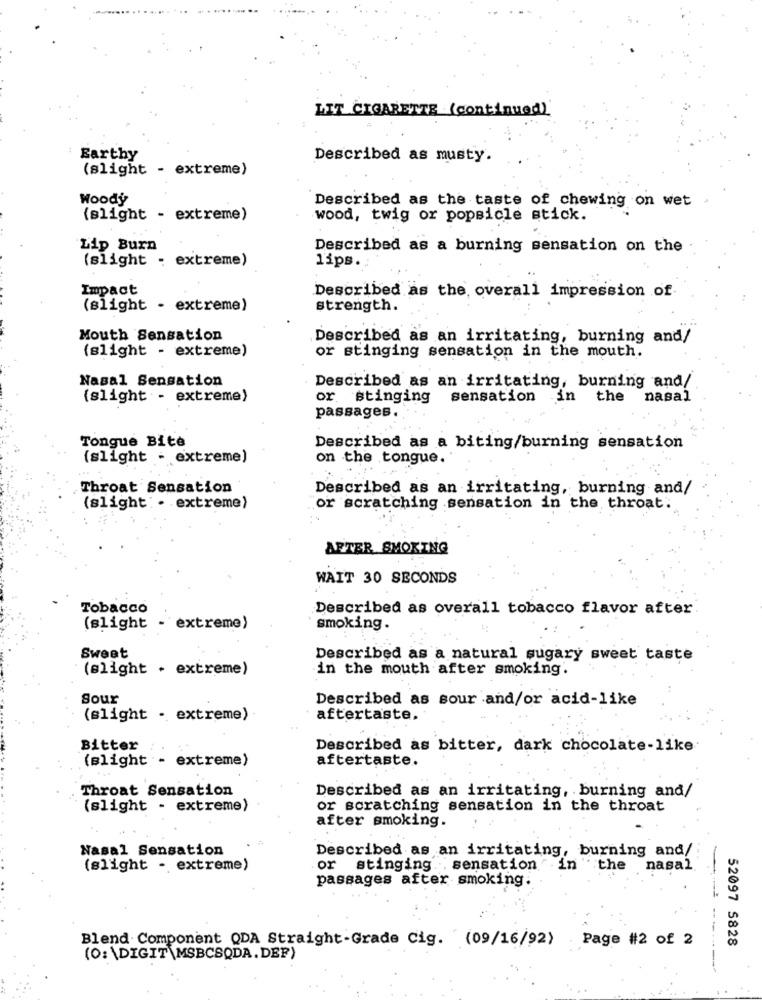
LIT CIGARETTE (continued)
Earthy
Described as musty.
(slight - extreme)
Woody
Described as the taste of chewing on wet .
(slight - extreme)
wood, twig or popsicle stick.
Lip Burn
Described as a burning sensation on the
(slight - extreme)
lips.
Impact
Described as the overall impression of
(slight - extreme)
strength.
Mouth Sensation
Described as an irritating, burning and/
(slight - extreme)
or stinging sensation in the mouth.
Nasal Sensation
Described as an irritating, burning and/
(slight - extreme)
or stinging
sensation in the nasal
passages.
Tongue Bite
Described as a biting/burning sensation
(slight - extreme)
on the tongue.
Throat Sensation
Described as an irritating, burning and/
(slight: . extreme)
or scratching sensation in the throat.
AFTER SMOKING
WAIT 30 SECONDS
Tobacco
Described as overall tobacco flavor after
(slight - extreme)
smoking.
Sweet
Described as a natural sugary sweet taste
(slight . extreme)
in the mouth after smoking.
Sour
Described as sour and/or acid-like
(slight . extreme)
aftertaste.
Bitter
Described as bitter, dark chocolate-like
(slight - extreme)
aftertaste.
Throat Sensation
Described as an irritating, burning and/
(slight - extreme)
or scratching sensation in the throat
after smoking.
Nasal Sensation
Described as an irritating, burning and/
(slight - extreme)
or stinging . sensation"
in
the nasal
passages after smoking
Blend Component QDA Straight-Grade Cig. (09/16/92) Page #2 of 2
52097 5828
(0: \DIGIT\MSBCSQDA. DEF)